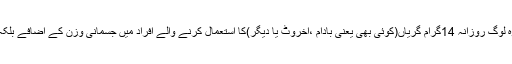
تحقیق کے نتائج کے مطابق وہ لوگ روزانہ 14گرام گریاں(کوئی بھی یعنی بادام ،اخروٹ یا دیگر)کا استعمال کرنے والے افراد میں جسمانی وزن کے اضافے بلکہ موٹاپے کا امکان کم ہوتاہے۔